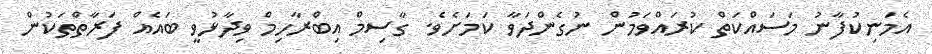
އެމަނިކުފާނު މަަސައްކަތް ކުރައްވަމުން ނުގެންދަވާ ކަމަށެވެ. ގާސިމް އިބްރާހިމް ވިދާޅުވީ ބައެއް ފަރާތްތަކުން